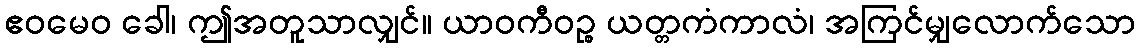
ဧဝမေဝ ခေါ၊ ဤအတူသာလျှင်။ ယာဝကီဝဉ္စ ယတ္တကံကာလံ၊ အကြင်မျှလောက်သော